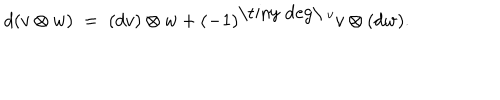
LaTeX: d ( v \otimes w ) \; = \; ( d v ) \otimes w + ( - 1 ) ^ { \mathrm { \tiny ~ d e g \ } v } v \otimes ( d w ) .